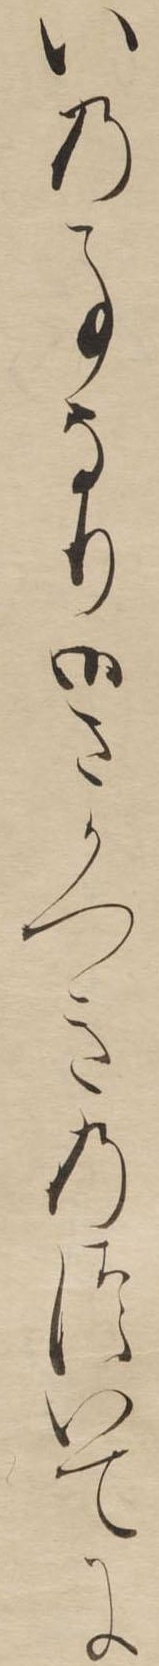
いの事なり御さかつきのついてに